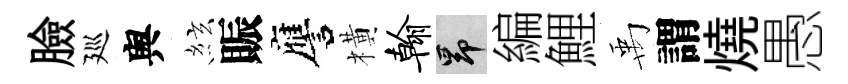
臉廵舆絃賑譍橫翰昂編鯉禹謂燒愚